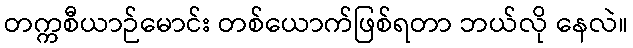
တက္ကစီယာဉ်မောင်း တစ်ယောက်ဖြစ်ရတာ ဘယ်လို နေလဲ။